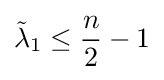
{\tilde {\lambda }}_{1}\leq {\frac {n}{2}}-1